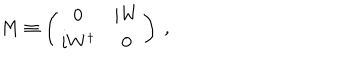
LaTeX: M \equiv \left( \begin{array} { c c } { { 0 } } & { { i W } } \\ { { i W ^ { \dagger } } } & { { 0 } } \\ \end{array} \right) \ ,